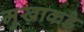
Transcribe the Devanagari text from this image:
मुखाकडे